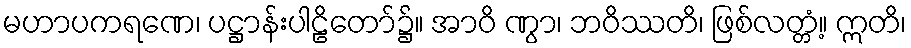
မဟာပကရဏေ၊ ပဋ္ဌာန်းပါဠိတော်၌။ အာဝိ ဏွာ၊ ဘဝိဿတိ၊ ဖြစ်လတ္တံ့။ ဣတိ၊